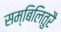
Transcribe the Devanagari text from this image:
सम्बिलितुरै